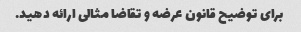
برای توضیح قانون عرضه و تقاضا مثالی ارائه دهید.